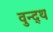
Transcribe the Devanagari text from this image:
वुन्द्थ